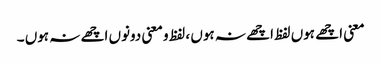
معنی اچھے ہوں لفظ اچھے نہ ہوں ، لفظ و معنی دونوں اچھے نہ ہوں ۔